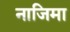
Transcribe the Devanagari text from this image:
नाजिमा